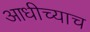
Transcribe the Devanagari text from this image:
आधीच्याच